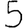
Digit: 5